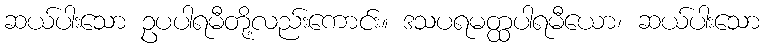
ဆယ်ပါးသော ဥပပါရမီတို့လည်းကောင်း။ ဒသပရမတ္ထပါရမီယော၊ ဆယ်ပါးသော